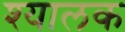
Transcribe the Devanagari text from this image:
श्यालक